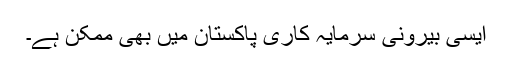
ایسی بیرونی سرمایہ کاری پاکستان میں بھی ممکن ہے۔